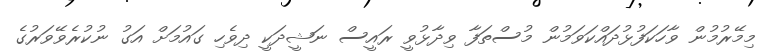
މިމޭރުމުން ވާހަކަފުޅުދައްކަވަމުން މުސްތަފާ ވިދާޅުވީ ރައީސް ނަޝީދަކީ ދިވެހި ގައުމަށް އަގު ނުކުރެވޭވަރުގެ